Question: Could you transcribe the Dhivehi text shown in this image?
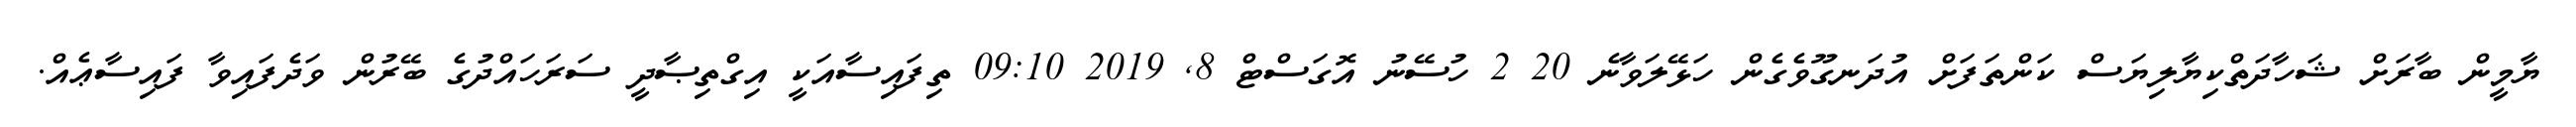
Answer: ޔާމީން ބާރަށް ޝަހާދަތްކިޔާލިޔަސް ކަންތަފަށް އުދަނގޫވެގެން ހަޅޭލަވާނެ 20 2 ހުސޭނު އޮގަސްޓް 8, 2019 09:10 ތިފައިސާއަކީ އިގްތިޞާދީ ސަރަހައްދުގެ ބޭރުން ވަދެފައިވާ ފައިސާޢެއް.